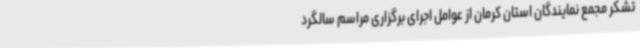
تشکر مجمع نمایندگان استان کرمان از عوامل اجرای برگزاری مراسم سالگرد